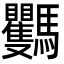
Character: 𩧡